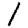
Digit: 1